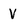
Character: V